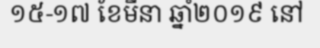
១៥-១៧ ខែមីនា ឆ្នាំ២០១៩ នៅ